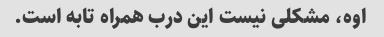
اوه، مشکلی نیست این درب همراه تابه است.